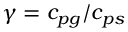
\gamma = c _ { p g } / c _ { p s }